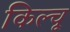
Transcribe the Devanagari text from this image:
किल्चू